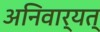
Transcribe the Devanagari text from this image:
अनिवार्यत्